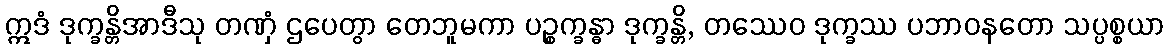
ဣဒံ ဒုက္ခန္တိအာဒီသု တဏှံ ဌပေတွာ တေဘူမကာ ပဉ္စက္ခန္ဓာ ဒုက္ခန္တိ, တဿေဝ ဒုက္ခဿ ပဘာဝနတော သပ္ပစ္စယာ